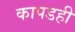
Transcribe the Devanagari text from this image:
कापडही